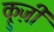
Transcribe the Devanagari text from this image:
क्रुज़ी